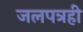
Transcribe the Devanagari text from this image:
जलपत्रही